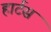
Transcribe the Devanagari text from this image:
हार्टस